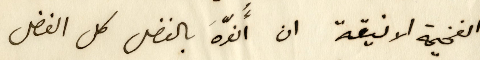
الفخيمة الانيقة ان أُنوّهَ بالفضل كل الفضل